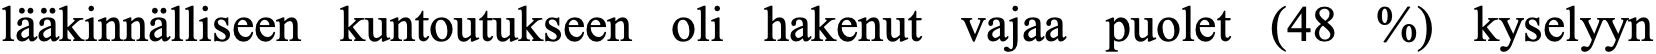
lääkinnälliseen kuntoutukseen oli hakenut vajaa puolet (48 %) kyselyyn